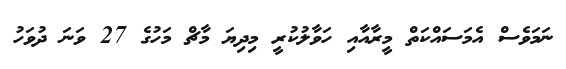
ނަމަވެސް އެމަސައްކަތް މީރާއާއި ހަވާލުކުރީ މިދިޔަ މާޗް މަހުގެ 27 ވަނަ ދުވަހު